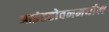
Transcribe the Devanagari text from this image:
आइंडहोवनमधील